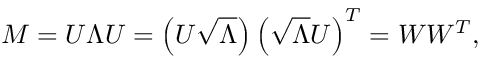
M = U \Lambda U = \left( U \sqrt { \Lambda } \right) \left( \sqrt { \Lambda } U \right) ^ { T } = W W ^ { T } ,